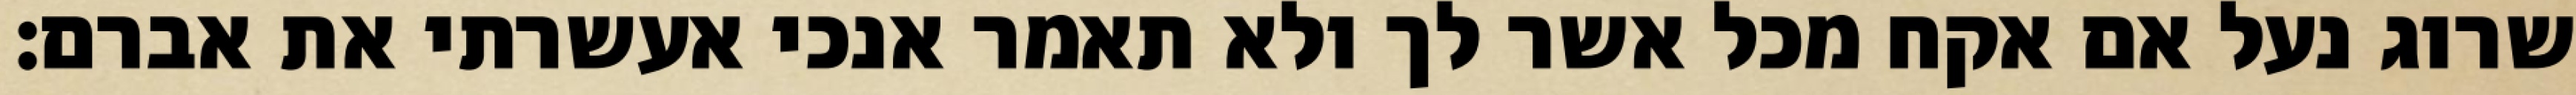
שרוג נעל אם אקח מכל אשר לך ולא תאמר אנכי אעשרתי את אברם׃